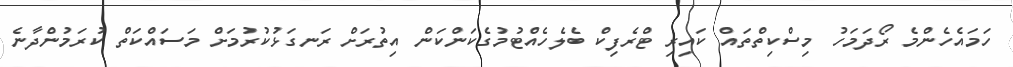
ހަމައެހެންމެ ރޯދަމަހު މިސްކިތްތައް ކައިރި ޓްރެފިކް ބެލެހެއްޓުމުގެކަންކަން އިތުރަށް ރަނގަޅުކުރުމަށް މަސައްކަތް ކުރަމުންދާނެ